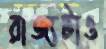
রাজ্যটাও